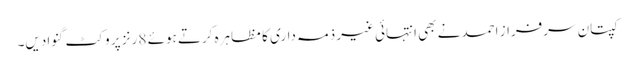
کپتان سرفراز احمد نے بھی انتہائی غیر ذمہ داری کا مظاہرہ کرتے ہوئے 8 رنز پر وکٹ گنوادیں۔